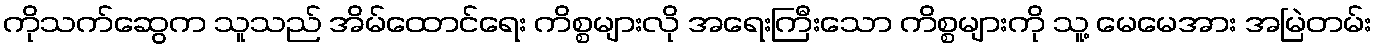
ကိုသက်ဆွေက သူသည် အိမ်ထောင်ရေး ကိစ္စများလို အရေးကြီးသော ကိစ္စများကို သူ့ မေမေအား အမြဲတမ်း